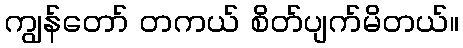
ကျွန်တော် တကယ် စိတ်ပျက်မိတယ်။